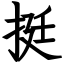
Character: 挺